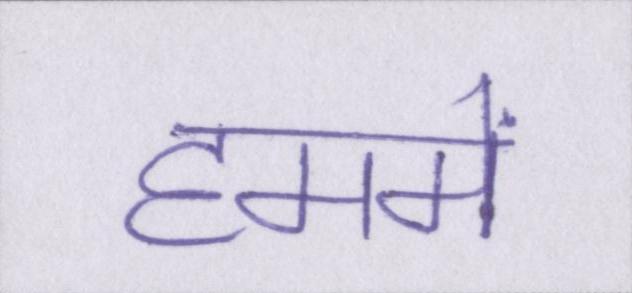
हममें